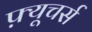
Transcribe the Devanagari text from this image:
फ़्यूचर्स